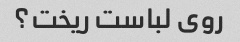
روی لباست ریخت؟